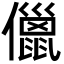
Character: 儠